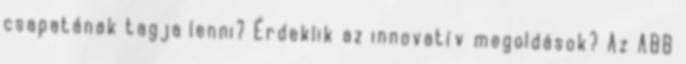
csapatának tagja lenni? Érdeklik az innovatív megoldások? Az ABB